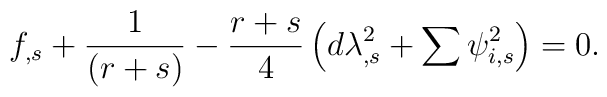
f_{,s}+\frac{1}{\left(r+s\right)} - \frac{r+s}{4} \left( d \lambda_{,s}^2 +\sum \psi_{i,s}^2 \right) =0.